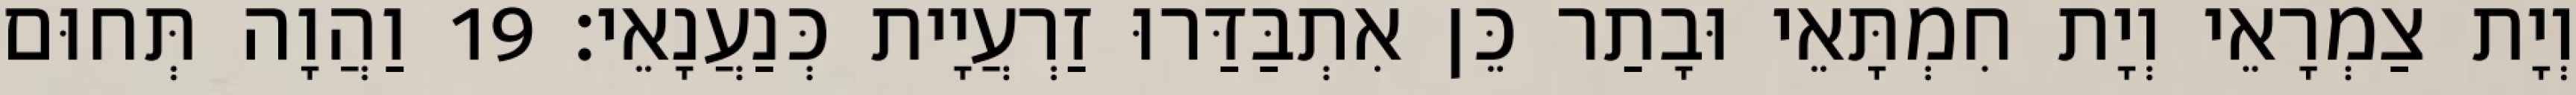
וְיָת צַמְרָאֵי וְיָת חִמְתָּאֵי וּבָתַר כֵּן אִתְבַּדַּרוּ זַרְעֲיָית כְּנַעֲנָאֵי׃ 19 וַהֲוָה תְּחוּם